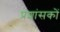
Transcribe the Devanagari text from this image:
प्रशांसकों